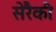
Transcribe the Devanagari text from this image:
सेरैकी